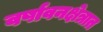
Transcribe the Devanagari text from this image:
वर्षावनक्षेत्रात